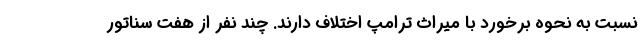
نسبت به نحوه برخورد با میراث ترامپ اختلاف دارند. چند نفر از هفت سناتور